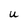
Character: U